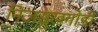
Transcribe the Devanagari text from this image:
निजसुखगोडी